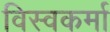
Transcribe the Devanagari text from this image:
विस्वकर्मा